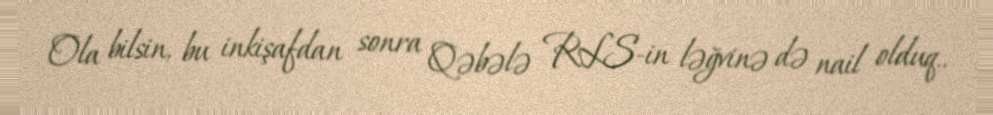
Ola bilsin, bu inkişafdan sonra Qəbələ RLS-in ləğvinə də nail olduq..